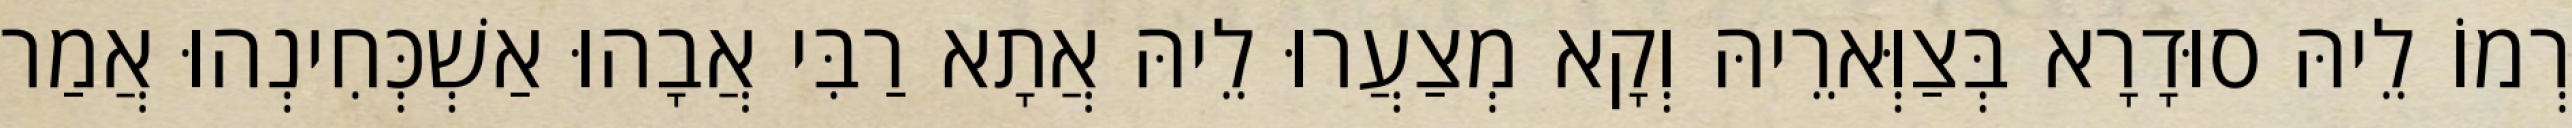
רְמוֹ לֵיהּ סוּדָרָא בְּצַוְּארֵיהּ וְקָא מְצַעֲרוּ לֵיהּ אֲתָא רַבִּי אֲבָהוּ אַשְׁכְּחִינְהוּ אֲמַר